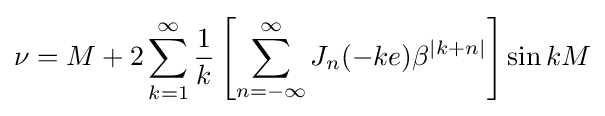
\nu =M+2\sum _{k=1}^{\infty }{\frac {1}{k}}\left[\sum _{n=-\infty }^{\infty }J_{n}(-ke)\beta ^{|k+n|}\right]\sin {kM}